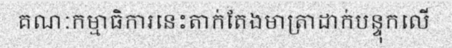
គណៈកម្មាធិការនេះតាក់តែងមាត្រាដាក់បន្ទុកលើ